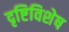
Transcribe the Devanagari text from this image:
दृष्टिविशेष